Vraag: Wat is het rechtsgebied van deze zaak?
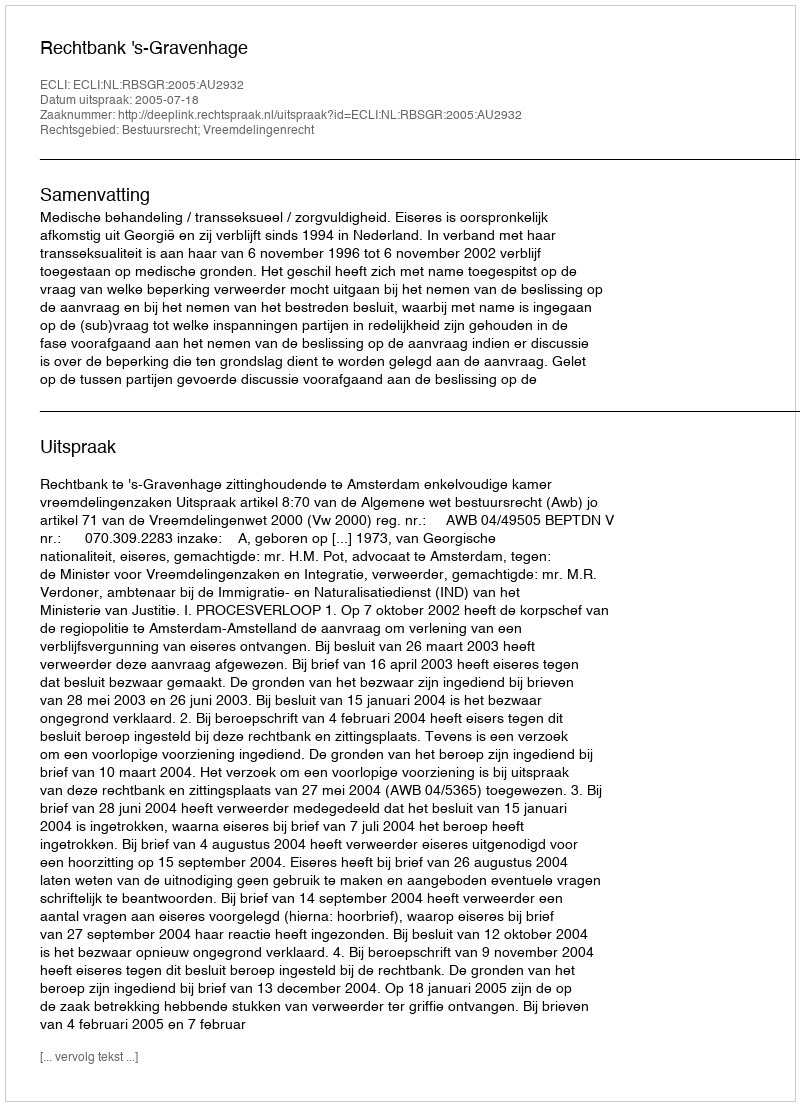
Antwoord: Bestuursrecht; Vreemdelingenrecht